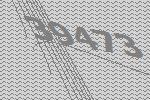
39473